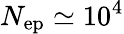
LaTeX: N_{\mathrm{ep}}\simeq 10^{4}